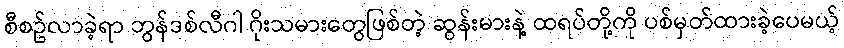
စီစဥ်လာခဲ့ရာ ဘွန်ဒစ်လီဂါ ဂိုးသမားတွေဖြစ်တဲ့ ဆွန်းမားနဲ့ ထရပ်တို့ကို ပစ်မှတ်ထားခဲ့ပေမယ့်